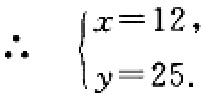
\(\therefore \begin{cases}x = 12,\\y = 25.\end{cases}\)